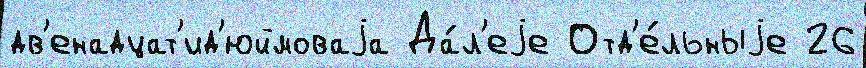
дв'енадцат'ид'юймоваjа Да́л'еjе Отд'е́льныjе 26